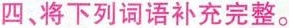
四、将下列词语补充完整。